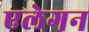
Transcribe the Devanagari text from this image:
एलेगन